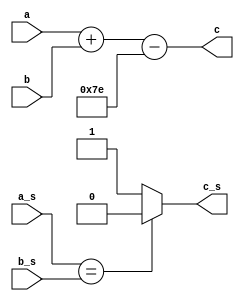
`timescale 1ns / 1ps
//////////////////////////////////////////////////////////////////////////////////
// Company: 
// Engineer: 
// 
// Design Name: 
// Module Name:    exponent 
// Project Name: 
// Target Devices: 
// Tool versions: 
// Description: 
//
// Dependencies: 
//
// Revision: 
// Revision 0.01 - File Created
// Additional Comments: 
//
//////////////////////////////////////////////////////////////////////////////////
module exponent(
    input [7:0] a,
    input [7:0] b,
	 input a_s,b_s,
    output reg [7:0] c,
	 output reg c_s
    );

always @(a,b,a_s,b_s) begin
c<=a+b-8'b01111110;
if (a_s==b_s) begin
c_s=1'b0;
end
else begin
c_s=1'b1;
end
end

endmodule